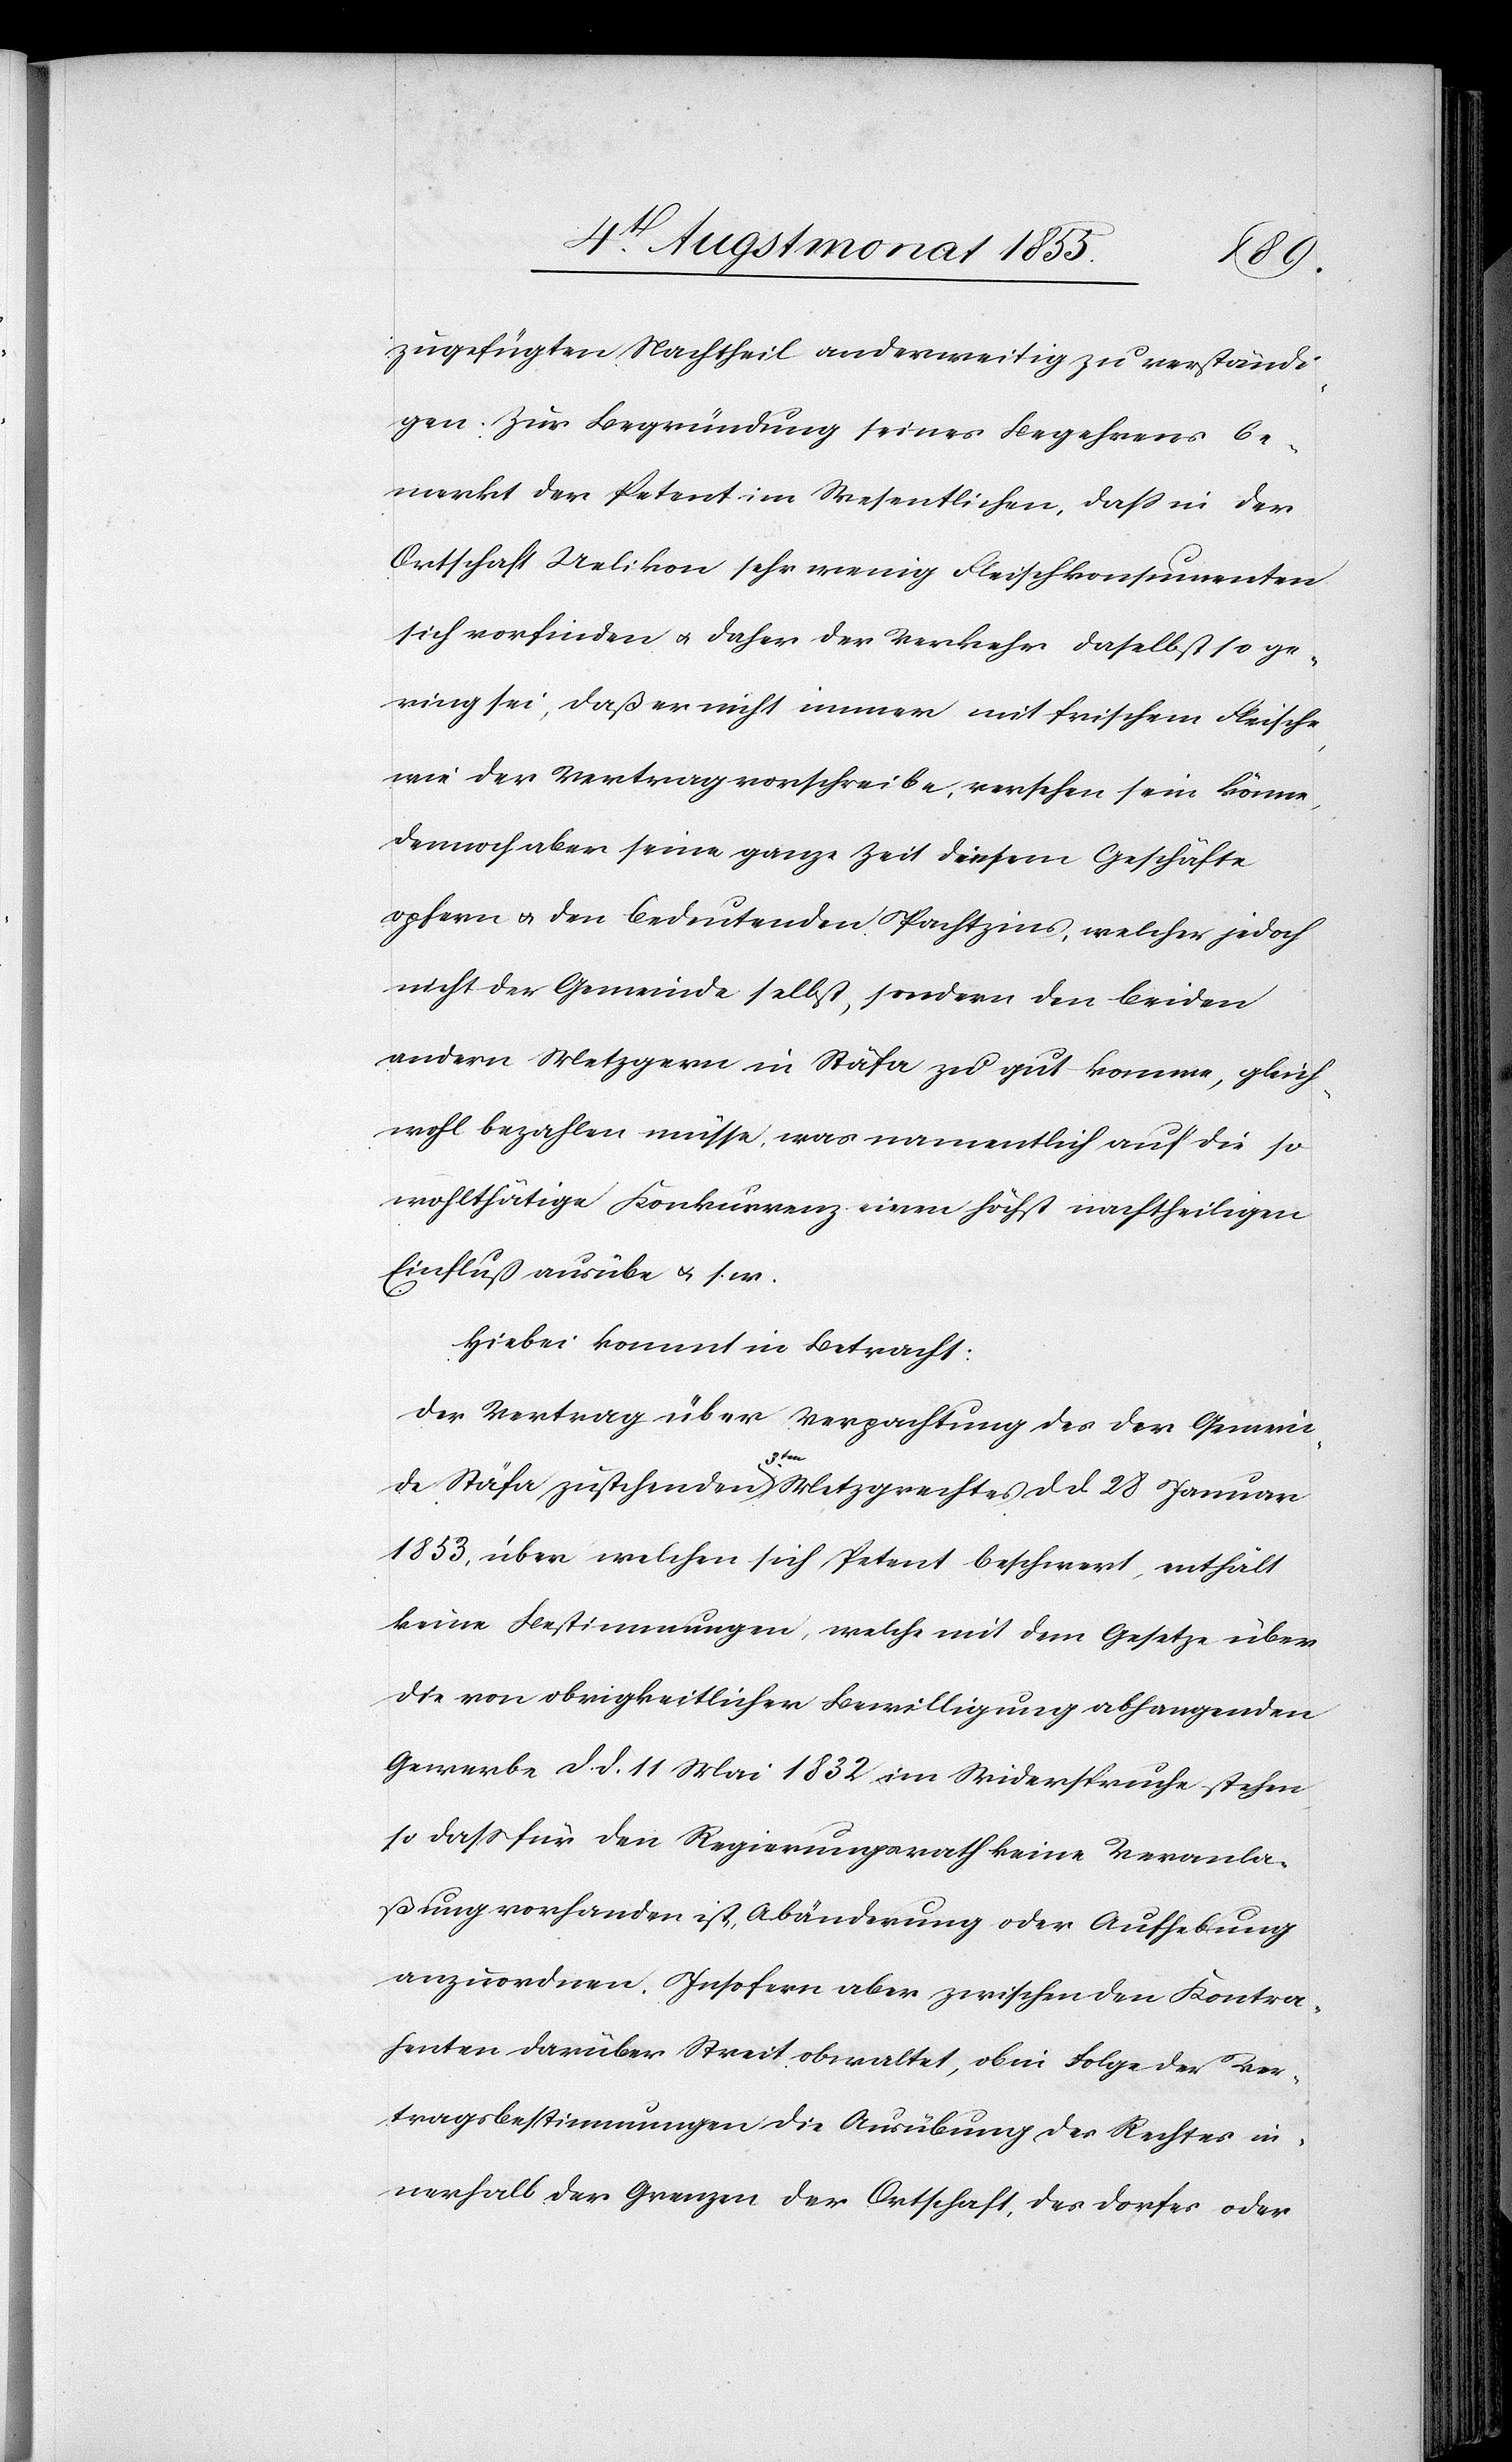
zugefügten Nachtheil anderweitig zu verständi¬
gen. Zur Begründung seines Begehrens be¬
merkt der Petent im Wesentlichen, dass in der
Ortschaft Uelikon sehr wenig Fleischkonsumenten
sich vorfinden & daher der Verkehr daselbst so ge¬
ring sei, daß er nicht immer mit frischem Fleische,
wie der Vertrag vorschreibe, versehen sein könne,
dennoch aber seine ganze Zeit diesem Geschäfte
opfern & den bedeutenden Pachtzins, welcher jedoch
nicht der Gemeinde selbst, sondern den beiden
andern Metzgern in Stäfa zu gut komme, gleich¬
wohl bezahlen müsse, was namentlich auf die so
wohlthätige Konkurrenz einen höchst nachtheiligen
Einfluß ausübe & s. w.
Hiebei kommt in Betracht:
Der Vertrag über Verpachtung des der Gemein¬
de Stäfa zustehenden 3ten. Metzgrechtes d. d. 28 Januar
1853, über welchen sich Petent beschwert, enthält
keine Bestimmungen, welche mit dem Gesetze über
die von obrigkeitlicher Bewilligung abhangenden
Gewerbe d. d. 11 Mai 1832 im Widerspruche stehen
so dass für den Regierungsrath keine Veranla¬
ßung vorhanden ist, Abänderung oder Aufhebung
anzuordnen. Insofern aber zwischen den Kontra¬
henten darüber Streit obwaltet, ob in Folge der Ver¬
tragsbestimmungen die Ausübung des Rechtes in¬
nerhalb der Grenzen der Ortschaft, des Dorfes oder